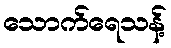
သောက်ရေသန့်